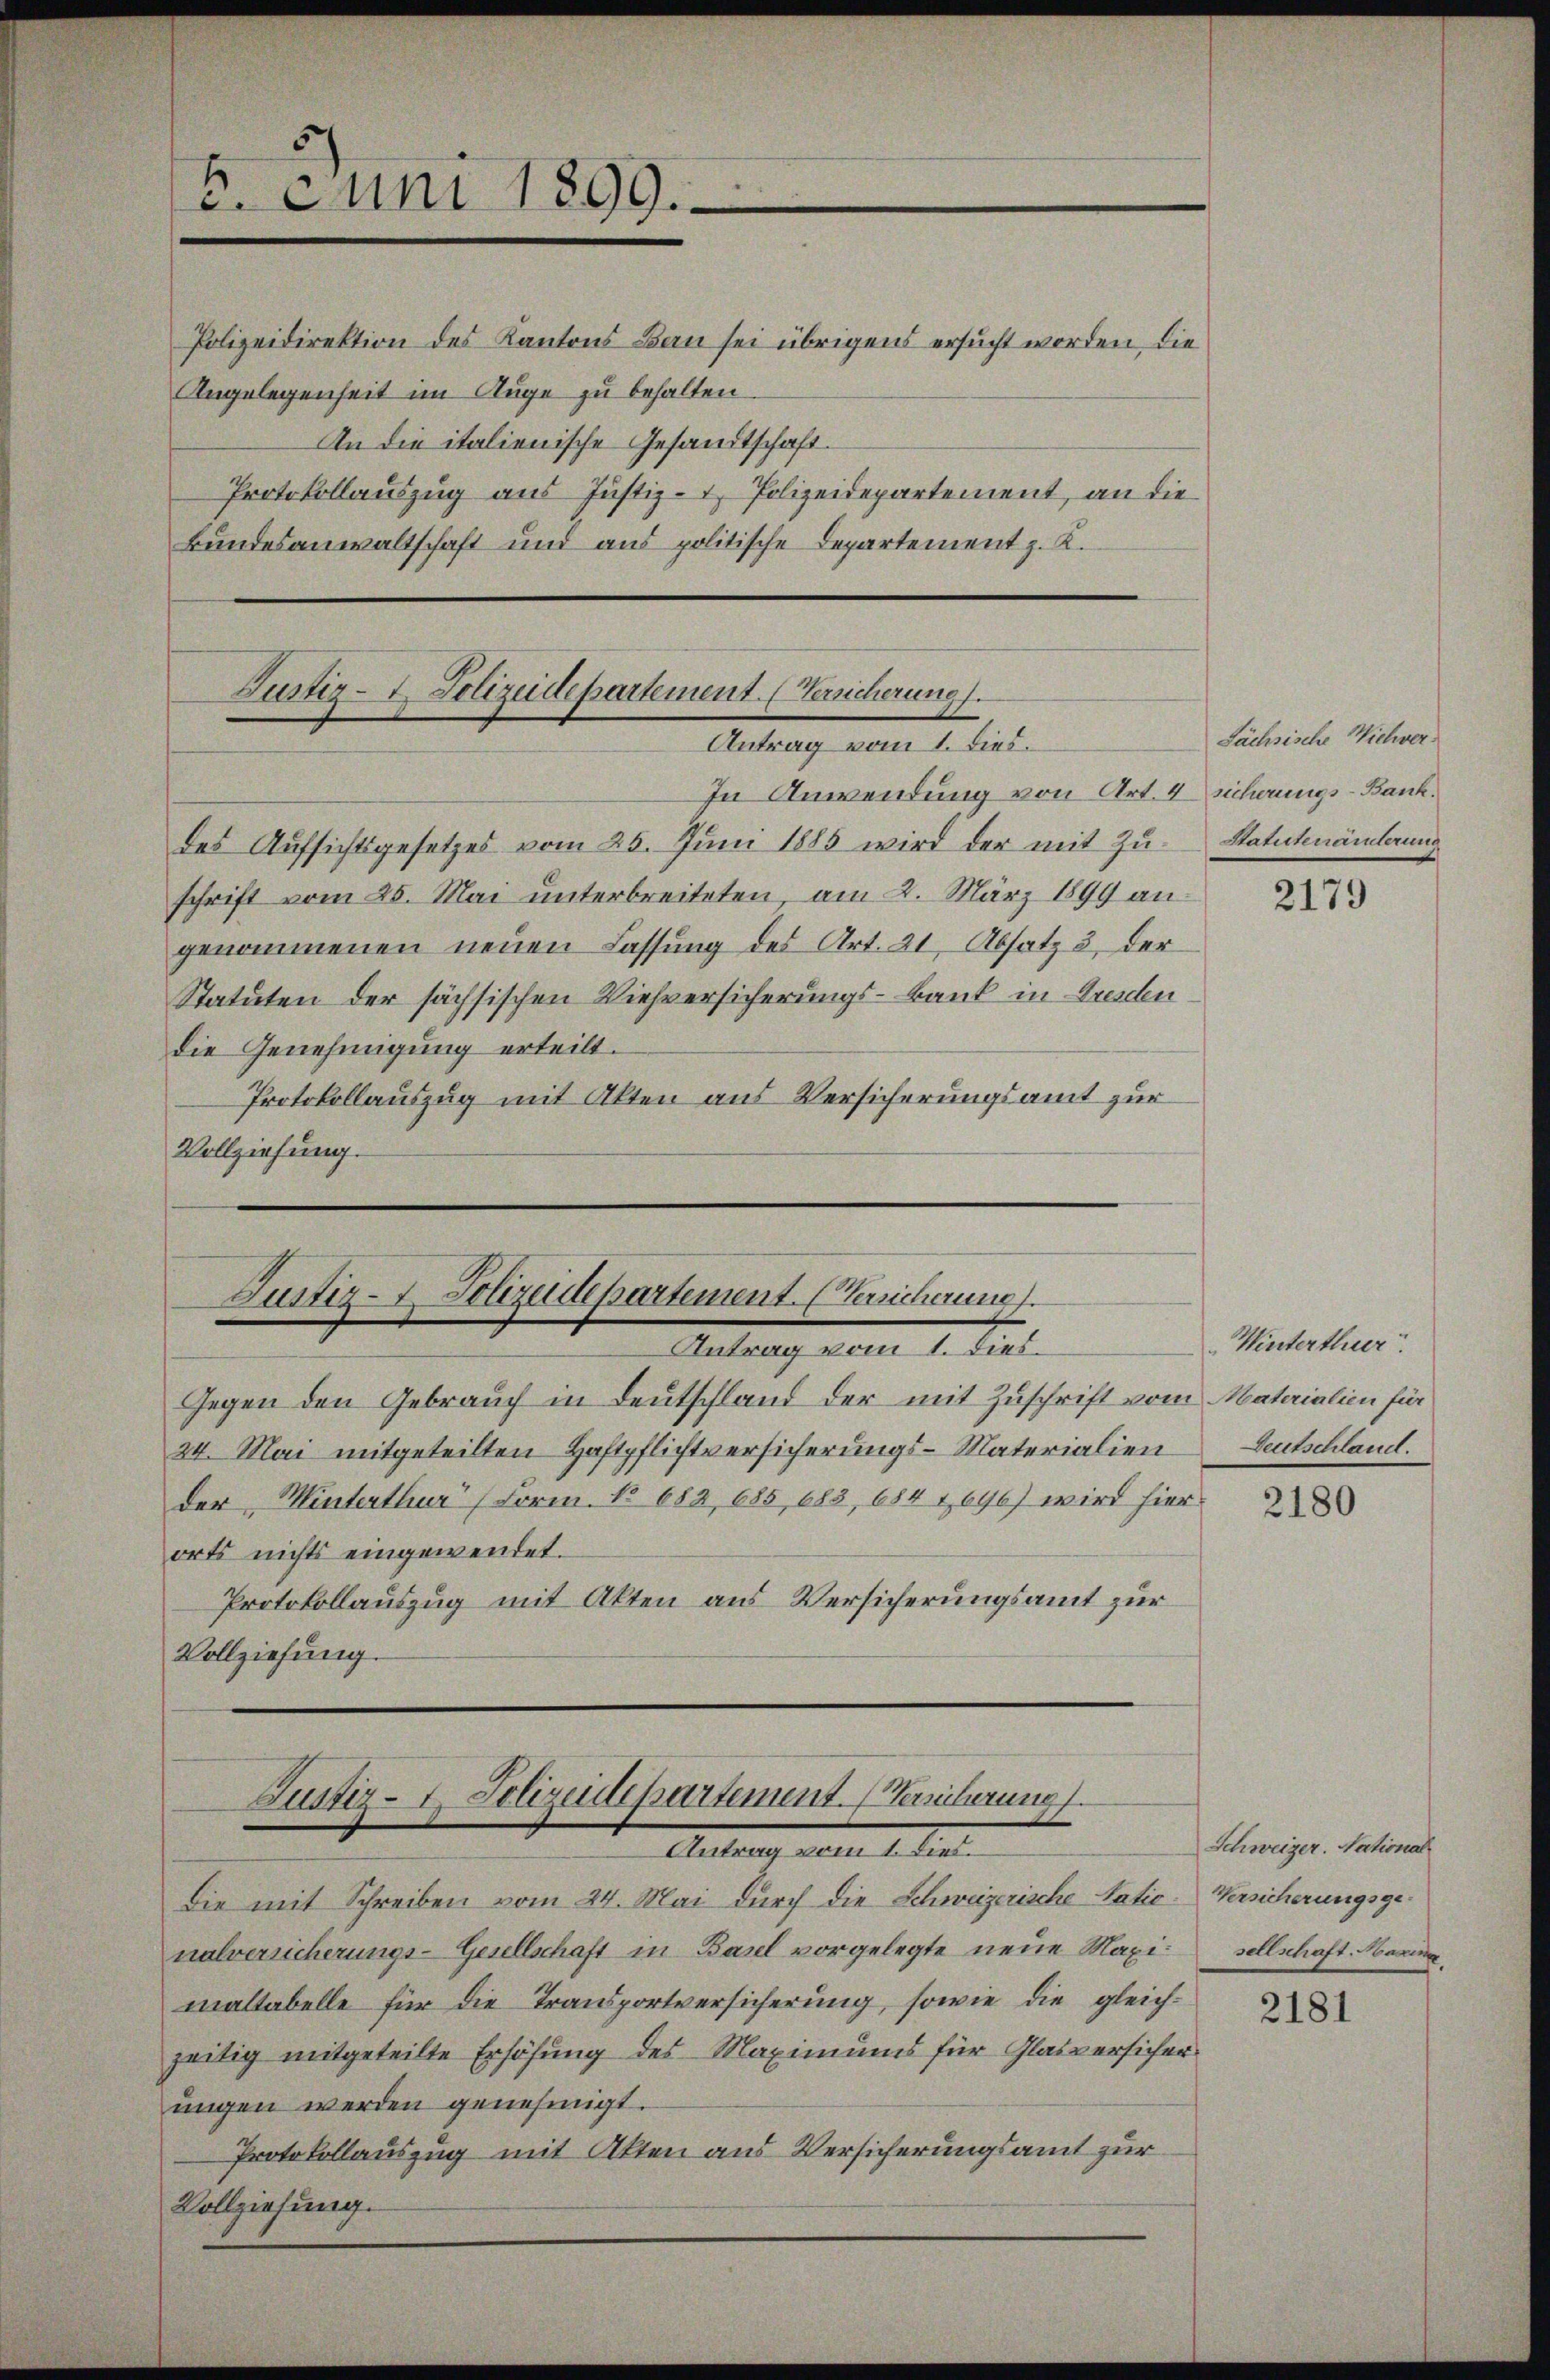
. Juni 1899.

Polizeidirektion des Kantons Bau sei übrigens ersucht worden, die
Angelegenheit im Auge zu behalten.
An die italienische Gesandtschaft.
Protokollauszug aus Justiz- & Polizeidepartement, an die
Bundesanwaltschaft und aus politische Departement z. K.

Zustiz-I. Polizeidepartement. (Versicherung.
Antrag vom 1. dies.
In Anwendung von Art. 4 sicherungs- Bank.

Justiz- & Polizeidepartement. (Verricherung.
Antrag vom 1. dies

Justiz- & Polizeidepartement. (Versicherung
Autung vom 1. Se

des Aufsichtsgesetzes vom 25. Juni 1885 wird der mit Zŭ-
schrift vom 25. Mai unterbreiteten, am 2. März 1899 an
genommenen neuen Lassung des Art. 21, Absatz 3 der
Statuten der sächsischen Viehversicherungs- Bank in Dresden
die Genehmigung erteilt.
Protokollauszug mit Akten aus Versicherungsamt zur
Vollziehung.

Gegen den Gebrauch in Leutschland der mit Zuschrift vom Materialien für
24. Mai mitgeteilten Haftpflichtversicherungs-Materialien Deutschland.
der Minterthur (Form. No 682, 685, 683, 684 1696) wird hier
orts nichts eingewendet.
Protokollauszug mit Akten aus Versicherungsamt zur
Vollziehung.

Sächsische Wichver¬
Statutenamterung

Die mit Schreiben vom 24. Mai durch die Schweizerische Natio
nalversicherungs-Gesellschaft in Basel vorgelegte neue Maximaltabelle für die Transportversicherung, sowie die gleichzeitig mitgeteilte Erhöhung des Maximums für Glatversicher
ungen werden genehmigt.
Protokollauszug mit Akten aus Versicherungsamt zur
Vollziehung.

Winterthur.

2179

2180

Schweizer. National
Versicherungsgesellschaft Maxima

2181